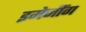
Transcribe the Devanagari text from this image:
इमेजींग